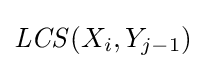
{\mathit {LCS}}(X_{i},Y_{j-1})